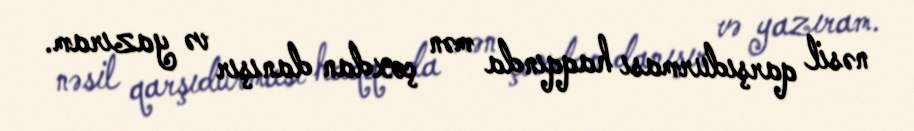
nəsil qarşıdurması haqqında mən çoxdan danışır və yazıram.